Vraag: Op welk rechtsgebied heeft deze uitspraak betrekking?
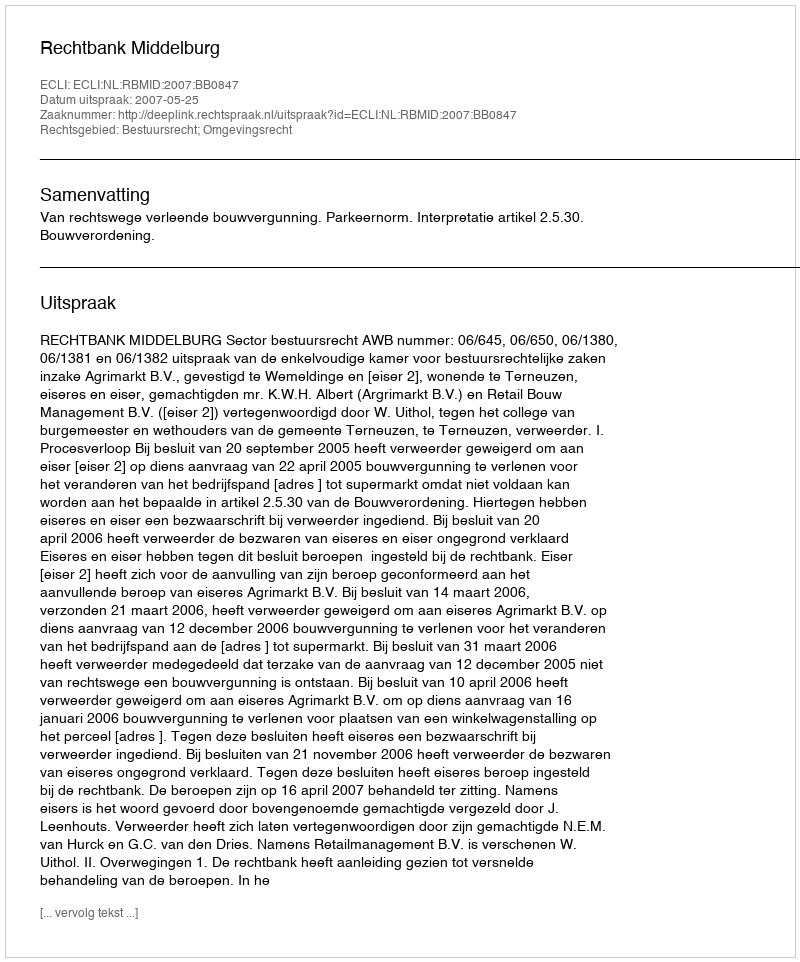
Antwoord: Bestuursrecht; Omgevingsrecht